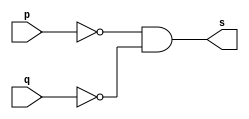
// Exercicio02 - NORMorgan
// Nome: Luiz Henrique da Costa Silva

// -- nor morgan gate

module normorgangate (output s, input p, q);
	assign s = (~p) & (~q);

endmodule			//normorgangate

// -- test nor gate

module testnormorgangate;
					//dados locais

	reg a, b;		//definir registradores
	
	wire s;		//definir conexao (fio)

					//instancia
	normorgangate NORMORGAN1 (s, a, b);
					//preparacao
	initial begin:start
		a=0; b=0;	//atribuicao simultanea dos valores iniciais
	end
					//parte principal
					
	initial begin
		$display("Exercicio05 - Luiz Henrique da Costa Silva - 449800");
		$display("Test NOR Morgan gate:");
		$display("\n (~a) & (~b) = s\n");
		$monitor("%b | %b = %b", a, b, s);
		#1 a = 0; b = 0;
		#1 a = 0; b = 1;
		#1 a = 1; b = 0;
		#1 a = 1; b = 1;

	end
endmodule //testnormorgangate